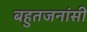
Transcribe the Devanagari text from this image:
बहुतजनांसी